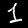
Digit: 1